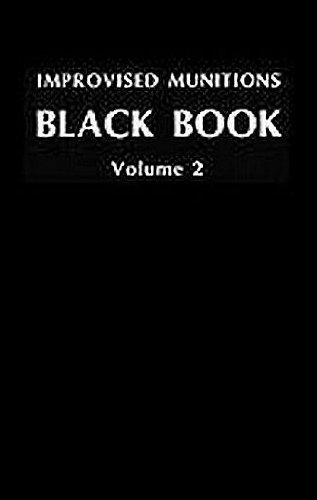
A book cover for Improvised Munitions Black Book Volume 2; Us Government; Engineering & Transportation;